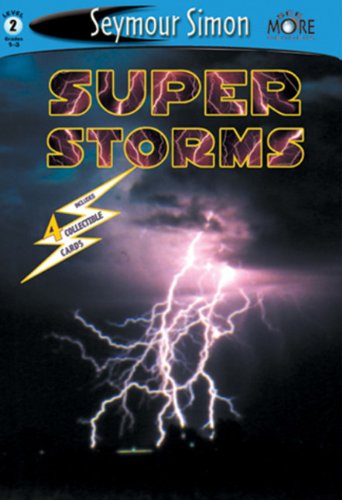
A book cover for See More Readers: Super Storms -Level 2; Seymour Simon; Children's Books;